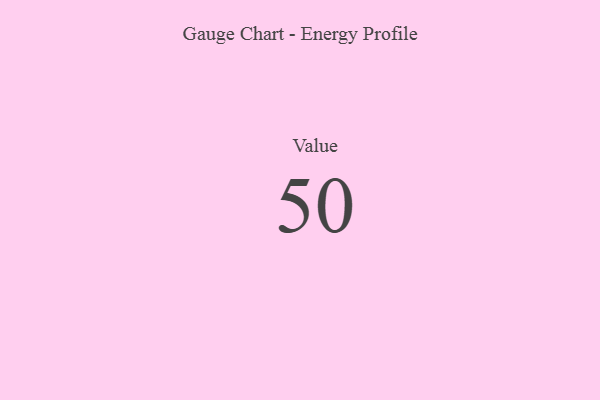
{"axis": {"x": "Metric", "y": "Value"}, "legend": [""], "data": [{"x": "Value", "y": 50, "type": ""}]}